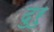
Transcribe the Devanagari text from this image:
दुरु